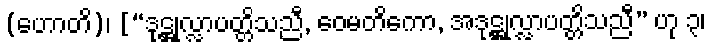
(ဟောတိ)၊ [“ဒုဋ္ဌုလ္လာပတ္တိသညီ, ဝေမတိကော, အဒုဋ္ဌုလ္လာပတ္တိသညီ” ဟု ၃၊